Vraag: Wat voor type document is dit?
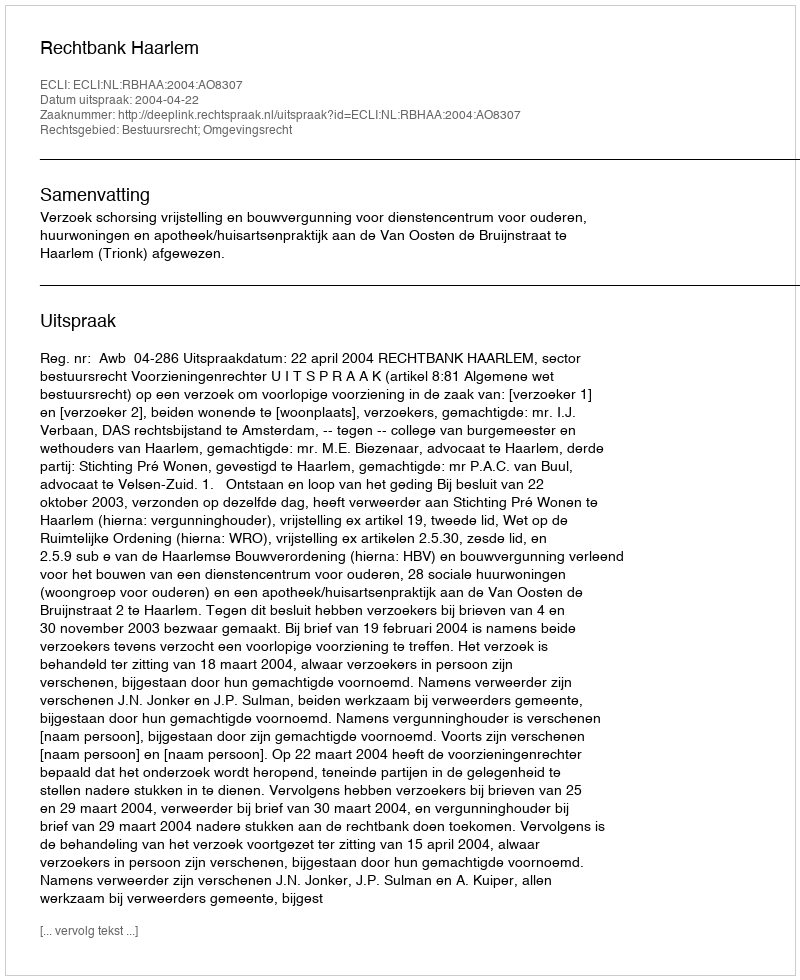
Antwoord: Uitspraak